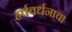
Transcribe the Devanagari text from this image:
हर्षवर्धनाचा